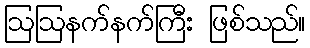
ဩဩနက်နက်ကြီး ဖြစ်သည်။